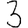
Digit: 3